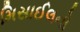
મિસાઈલનો